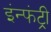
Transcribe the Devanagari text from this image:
इंन्फंट्री